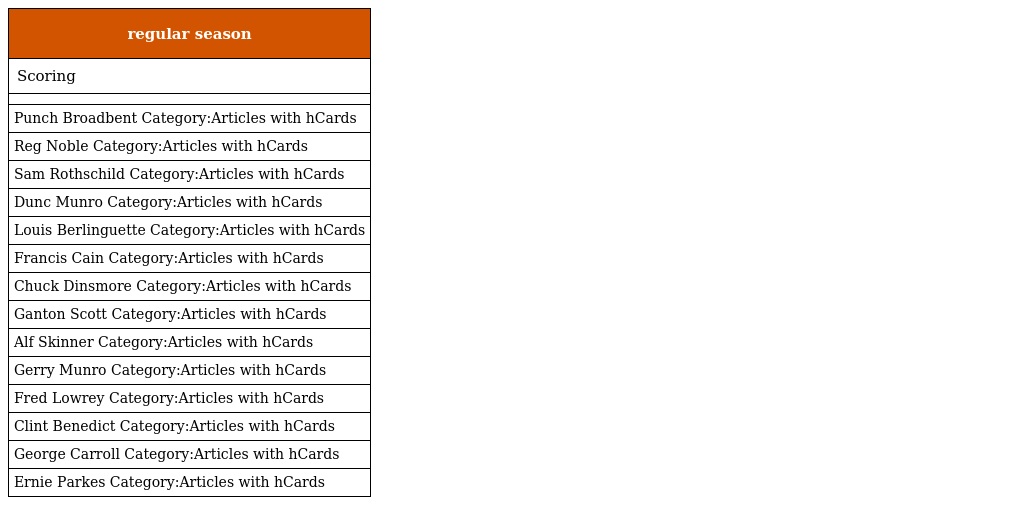
| regular season |
 | --- |
 | Scoring |
 |  |
 | Punch Broadbent Category:Articles with hCards |
 | Reg Noble Category:Articles with hCards |
 | Sam Rothschild Category:Articles with hCards |
 | Dunc Munro Category:Articles with hCards |
 | Louis Berlinguette Category:Articles with hCards |
 | Francis Cain Category:Articles with hCards |
 | Chuck Dinsmore Category:Articles with hCards |
 | Ganton Scott Category:Articles with hCards |
 | Alf Skinner Category:Articles with hCards |
 | Gerry Munro Category:Articles with hCards |
 | Fred Lowrey Category:Articles with hCards |
 | Clint Benedict Category:Articles with hCards |
 | George Carroll Category:Articles with hCards |
 | Ernie Parkes Category:Articles with hCards |